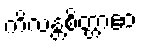
ကိလန္တစိတ္တာဧဝ